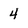
Character: 4